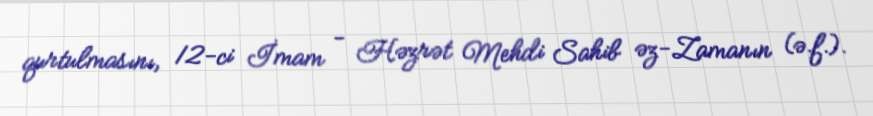
qurtulmasını, 12-ci İmam - Həzrət Mehdi Sahib əz-Zamanın (ə.f.).